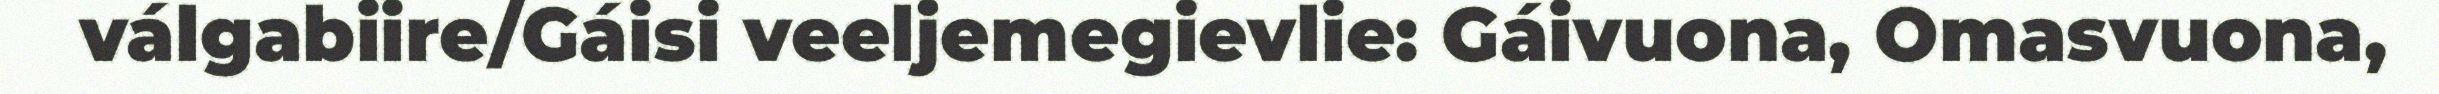
válgabiire/Gáisi veeljemegievlie: Gáivuona, Omasvuona,